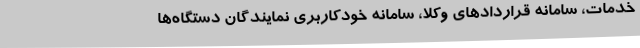
خدمات، سامانه قراردادهای وکلا، سامانه خودکاربری نمایندگان دستگاه‌ها